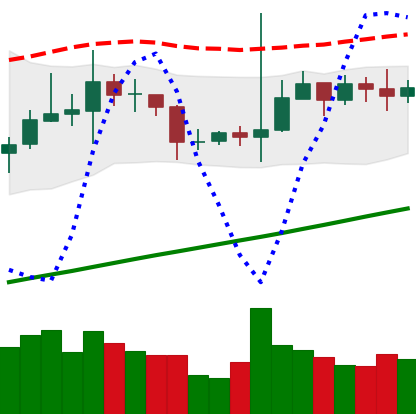
Ticker: TRX-USD
Chart end date: 2020-10-27
Forward return: -4.577%
Label: down_3_5